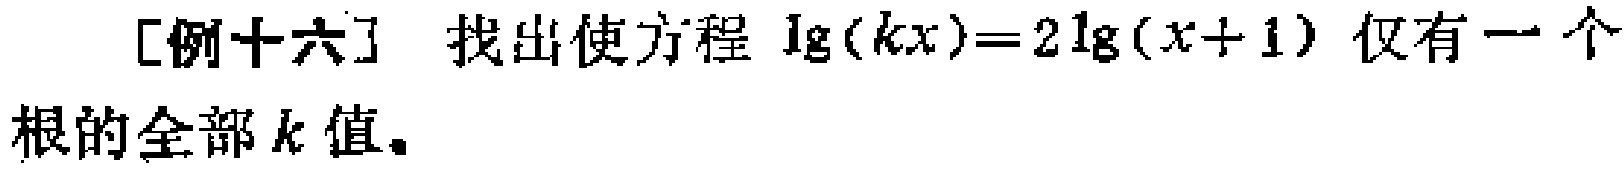
[例十六] 找出使方程 \(\lg(kx)=2\lg(x + 1)\) 仅有一个根的全部 \(k\) 值。